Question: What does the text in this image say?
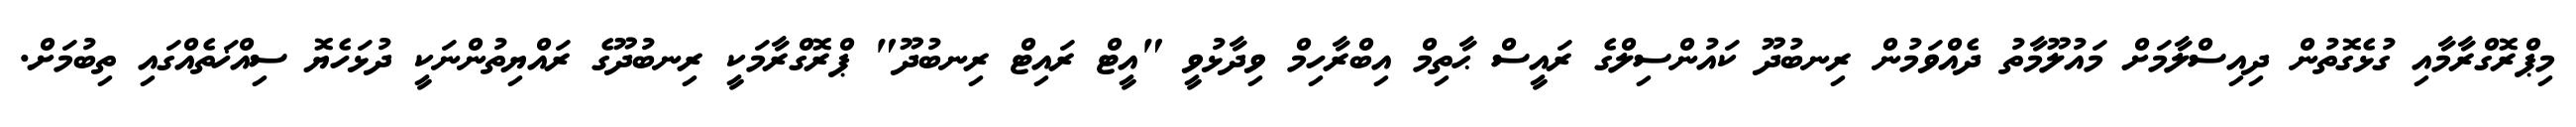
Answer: މިޕްރޮގްރާމާއި ގުޅެގޮތުން ދިއިސްލާމަށް މައުލޫމާތު ދެއްވަމުން ރިނބުދޫ ކައުންސިލްގެ ރައީސް ޙާތިމް އިބްރާހިމް ވިދާޅުވީ "އީޓް ރައިޓް ރިނބުދޫ" ޕްރޮގްރާމަކީ ރިނބުދޫގެ ރައްޔިތުންނަކީ ދުޅަހެޔޮ ސިއްޚަތެއްގައި ތިބުމަށް.